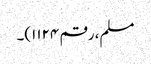
مسلم، رقم ۱۱۲۴)۔